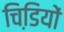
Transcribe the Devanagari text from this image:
चिडि़यों